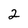
Character: 2